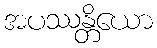
အပဿန္တိယော